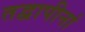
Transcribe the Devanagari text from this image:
तद्वापीनां